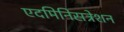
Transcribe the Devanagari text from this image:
एदमिनिसत्रेशन